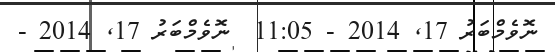
ނޮވެމްބަރު 17